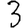
Digit: 3